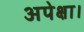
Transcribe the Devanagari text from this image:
अपेक्षा।